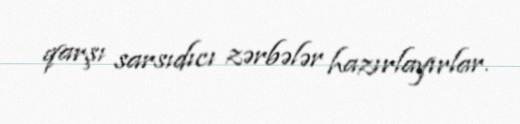
qarşı sarsıdıcı zərbələr hazırlayırlar.